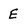
Character: E